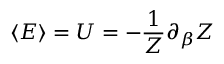
\langle E \rangle = U = - { \frac { 1 } { Z } } \partial _ { \beta } Z